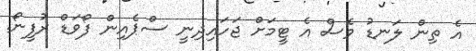
އެ ތިން ލަނޑު ވެސް އެ ޓީމަށް ޖަހައިދިނީ ސްޕެއިން ފޯވަޑް ރުފީނޯ.